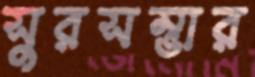
সুরসম্ভার